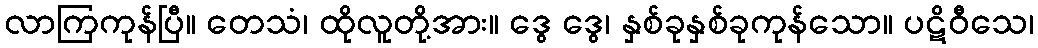
လာကြကုန်ပြီ။ တေသံ၊ ထိုလူတို့အား။ ဒွေ ဒွေ၊ နှစ်ခုနှစ်ခုကုန်သော။ ပဋိဝီသေ၊